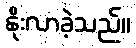
နိုးလာခဲ့သည်။